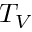
T _ { V }